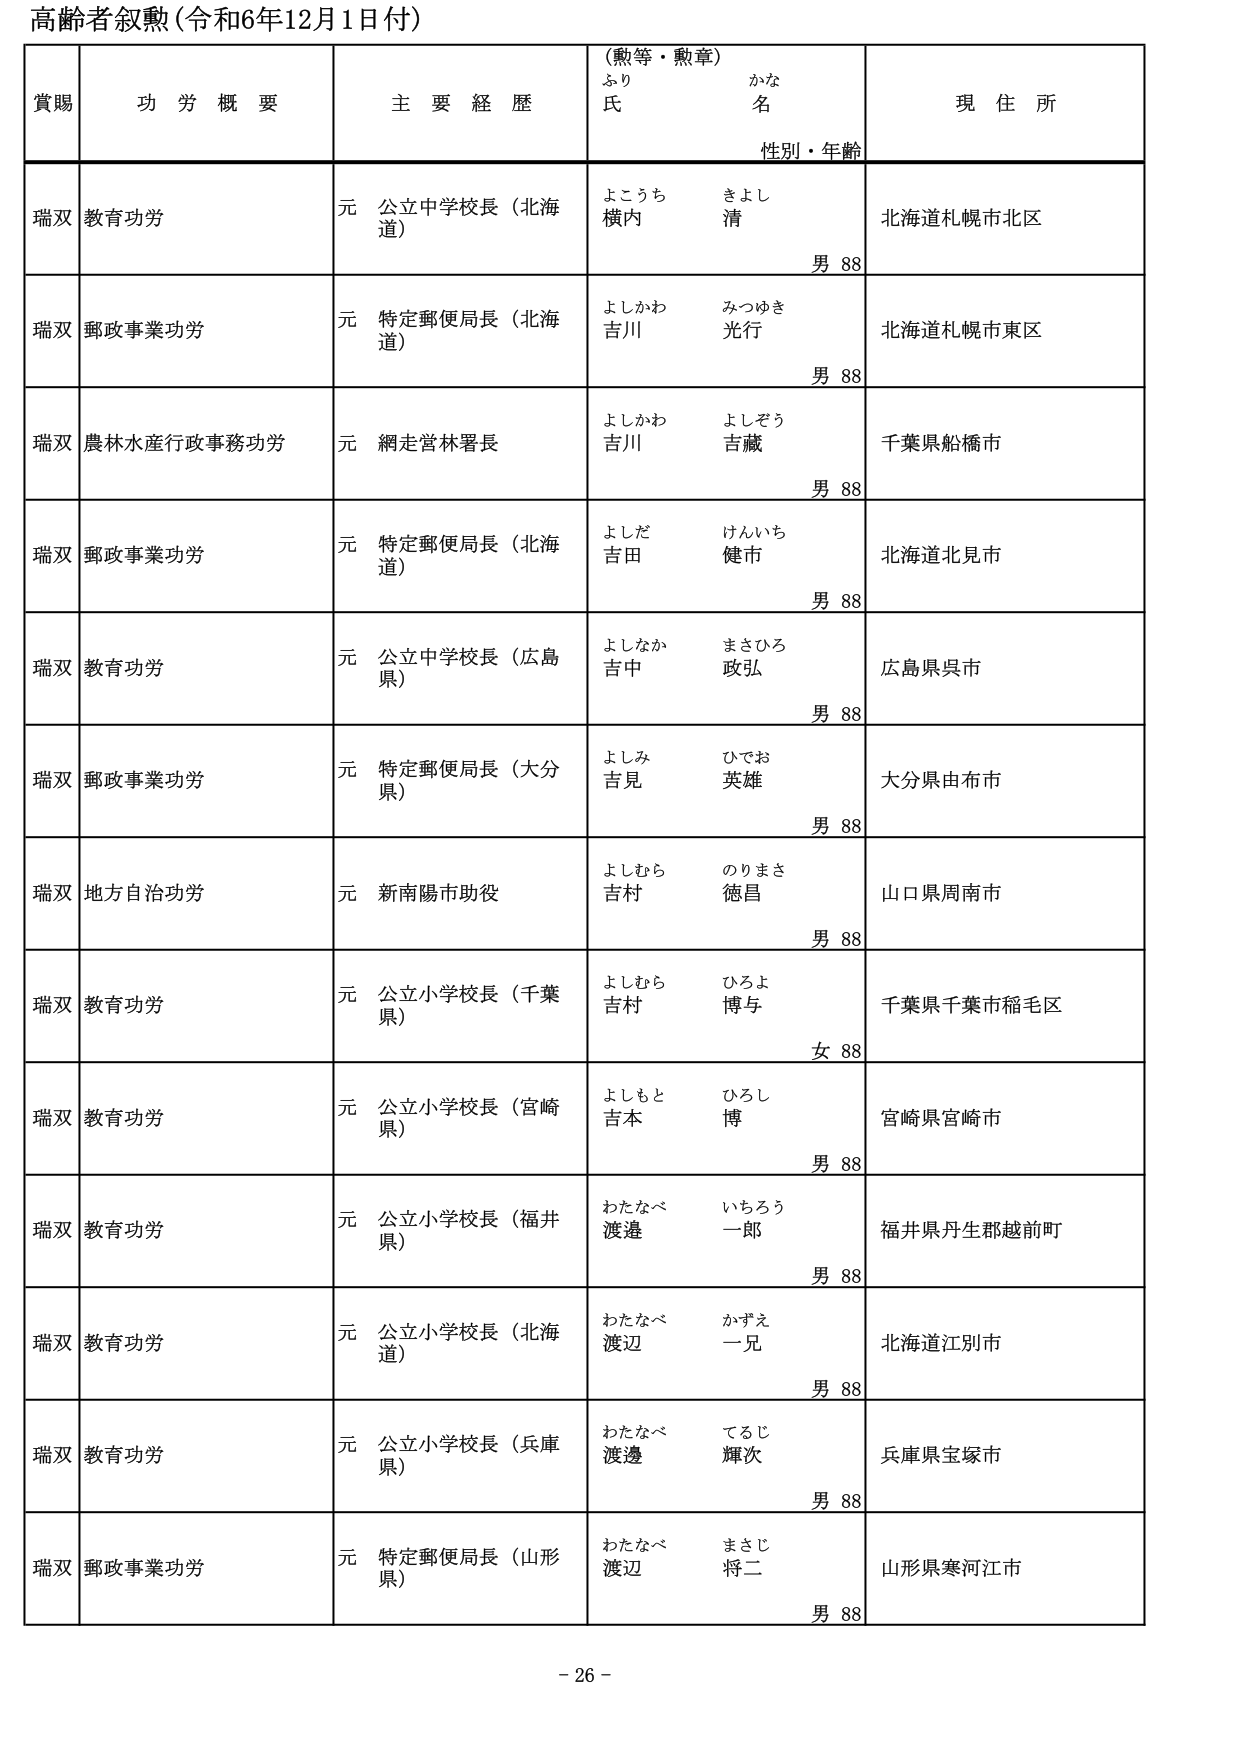
高齢者叙勲（令和6年12月1日付）

賞賜　　功労概要　　主要経歴　　（勲等・勲章）　　現住所
　　　　　　　　　　　　　　ふり　　かな
　　　　　　　　　　　　　　氏　　名
　　　　　　　　　　　　　　性別・年齢

瑞双　教育功労　　元 公立中学校長（北海道）　　よこうち　きよし　　北海道札幌市北区
　　　　　　　　　　　　　　　　　　　　　　　　横内　清　　　　　　男 88

瑞双　郵政事業功労　　元 特定郵便局長（北海道）　　よしかわ　みつゆき　　北海道札幌市東区
　　　　　　　　　　　　　　　　　　　　　　　　吉川　光行　　　　　　男 88

瑞双　農林水産行政事務功労　　元 網走営林署長　　よしかわ　よしぞう　　千葉県船橋市
　　　　　　　　　　　　　　　　　　　　　　　　吉川　吉藏　　　　　　男 88

瑞双　郵政事業功労　　元 特定郵便局長（北海道）　　よしだ　けんいち　　北海道北見市
　　　　　　　　　　　　　　　　　　　　　　　　吉田　健市　　　　　　男 88

瑞双　教育功労　　元 公立中学校長（広島県）　　よしなか　まさひろ　　広島県呉市
　　　　　　　　　　　　　　　　　　　　　　　　吉中　政弘　　　　　　男 88

瑞双　郵政事業功労　　元 特定郵便局長（大分県）　　よしみ　ひでお　　大分県由布市
　　　　　　　　　　　　　　　　　　　　　　　　吉見　英雄　　　　　　男 88

瑞双　地方自治功労　　元 新南陽市助役　　よしむら　のりまさ　　山口県周南市
　　　　　　　　　　　　　　　　　　　　　　吉村　徳昌　　　　　　男 88

瑞双　教育功労　　元 公立小学校長（千葉県）　　よしむら　ひろよ　　千葉県千葉市稲毛区
　　　　　　　　　　　　　　　　　　　　　　吉村　博与　　　　　　女 88

瑞双　教育功労　　元 公立小学校長（宮崎県）　　よしもと　ひろし　　宮崎県宮崎市
　　　　　　　　　　　　　　　　　　　　　　吉本　博　　　　　　　男 88

瑞双　教育功労　　元 公立小学校長（福井県）　　わたなべ　いちろう　　福井県丹生郡越前町
　　　　　　　　　　　　　　　　　　　　　　渡邊　一郎　　　　　　男 88

瑞双　教育功労　　元 公立小学校長（北海道）　　わたなべ　かずえ　　北海道江別市
　　　　　　　　　　　　　　　　　　　　　　渡辺　一兄　　　　　　男 88

瑞双　教育功労　　元 公立小学校長（兵庫県）　　わたなべ　てるじ　　兵庫県宝塚市
　　　　　　　　　　　　　　　　　　　　　　渡邊　輝次　　　　　　男 88

瑞双　郵政事業功労　　元 特定郵便局長（山形県）　　わたなべ　まさじ　　山形県寒河江市
　　　　　　　　　　　　　　　　　　　　　　渡辺　将二　　　　　　男 88

- 26 -